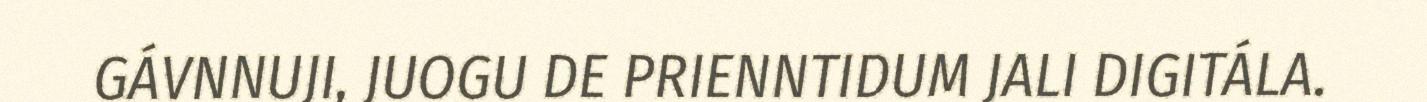
GÁVNNUJI, JUOGU DE PRIENNTIDUM JALI DIGITÁLA.